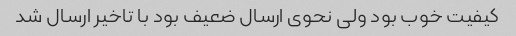
کیفیت خوب بود ولی نحوی ارسال ضعیف بود با تاخیر ارسال شد